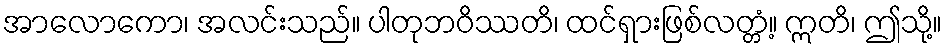
အာလောကော၊ အလင်းသည်။ ပါတုဘဝိဿတိ၊ ထင်ရှားဖြစ်လတ္တံ့။ ဣတိ၊ ဤသို့။